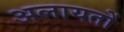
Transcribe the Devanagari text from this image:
अलायतों